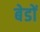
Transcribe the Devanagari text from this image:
बेडों